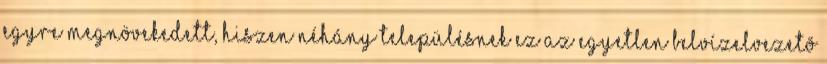
egyre megnövekedett, hiszen néhány településnek ez az egyetlen belvízelvezetõ